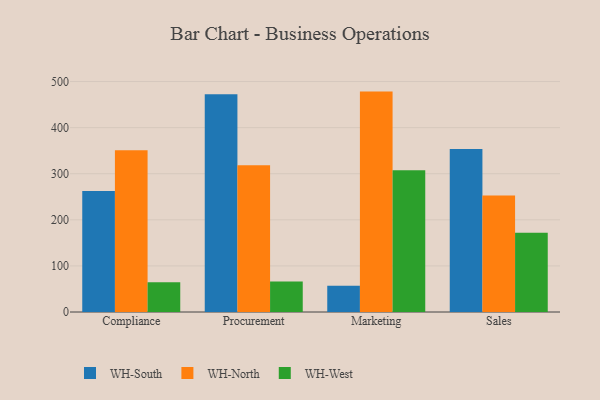
{"axis": {"x": "Department", "y": "Latency (ms)"}, "legend": ["WH-North", "WH-South", "WH-West"], "data": [{"x": "Compliance", "y": 262.6, "type": "WH-South"}, {"x": "Compliance", "y": 350.7, "type": "WH-North"}, {"x": "Compliance", "y": 64.6, "type": "WH-West"}, {"x": "Procurement", "y": 472.5, "type": "WH-South"}, {"x": "Procurement", "y": 318.5, "type": "WH-North"}, {"x": "Procurement", "y": 66.3, "type": "WH-West"}, {"x": "Marketing", "y": 56.7, "type": "WH-South"}, {"x": "Marketing", "y": 478.2, "type": "WH-North"}, {"x": "Marketing", "y": 307.6, "type": "WH-West"}, {"x": "Sales", "y": 353.5, "type": "WH-South"}, {"x": "Sales", "y": 252.7, "type": "WH-North"}, {"x": "Sales", "y": 172.2, "type": "WH-West"}]}